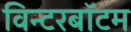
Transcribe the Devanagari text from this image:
विन्टरबॉटम